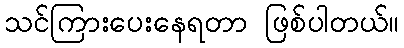
သင်ကြားပေးနေရတာ ဖြစ်ပါတယ်။